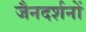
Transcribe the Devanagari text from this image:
जैनदर्शनों